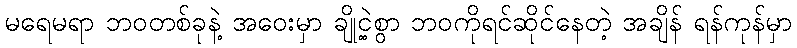
မရေမရာ ဘဝတစ်ခုနဲ့ အဝေးမှာ ချို့ငဲ့စွာ ဘဝကိုရင်ဆိုင်နေတဲ့ အချိန် ရန်ကုန်မှာ